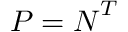
{ \boldsymbol { P } } = { \boldsymbol { N } } ^ { T }